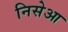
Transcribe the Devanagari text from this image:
निसेआ